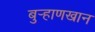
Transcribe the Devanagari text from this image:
बुर्‍हाणखान